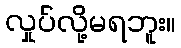
လှုပ်လို့မရဘူး။